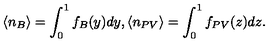
\langle n _ { B } \rangle = \int _ { 0 } ^ { 1 } f _ { B } ( y ) d y , \langle n _ { P V } \rangle = \int _ { 0 } ^ { 1 } f _ { P V } ( z ) d z .